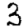
Digit: 3